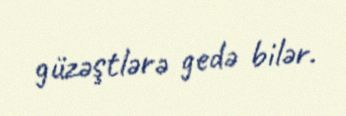
güzəştlərə gedə bilər.